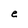
Character: e